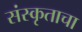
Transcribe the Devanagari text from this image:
संस्कृताचा